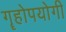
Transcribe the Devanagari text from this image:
गॄहोपयोगी